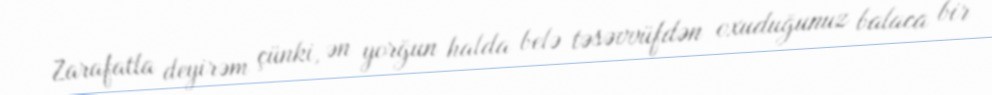
Zarafatla deyirəm çünki, ən yorğun halda belə təsəvvüfdən oxuduğunuz balaca bir